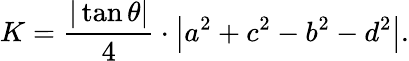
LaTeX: K={\frac{|\tan\theta|}{4}}\cdot\left|a^{2}+c^{2}-b^{2}-d^{2}\right|.